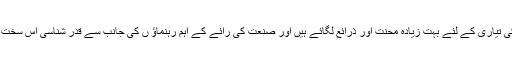
ہم نے اختراعی تخلیق جیسے سینما تھری ڈی اور تھری ساؤنڈ کی تیاری کے لئے بہت زیادہ محنت اور ذرائع لگائے ہیں اور صنعت کی رائے کے اہم رہنماؤ ں کی جانب سے قدر شناسی اس سخت محنت کو ہمارے لئے اور دلچسپ اور اطمینان بخش بنادیا ہے ۔